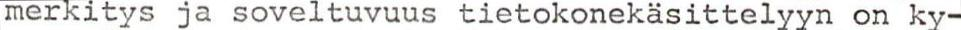
merkitys ja soveltuvuus tietokonekäsittelyyn on ky-